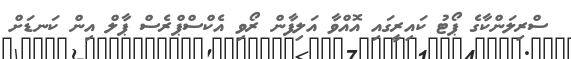
ސްރިލަންކާގެ ޕޯޓު ކައިރީގައި އޮއްވާ އަލިފާން ރޯވި އެކްސްޕްރެސް ޕާލް އިން ކަނޑަށް